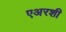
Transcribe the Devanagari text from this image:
एअरशी